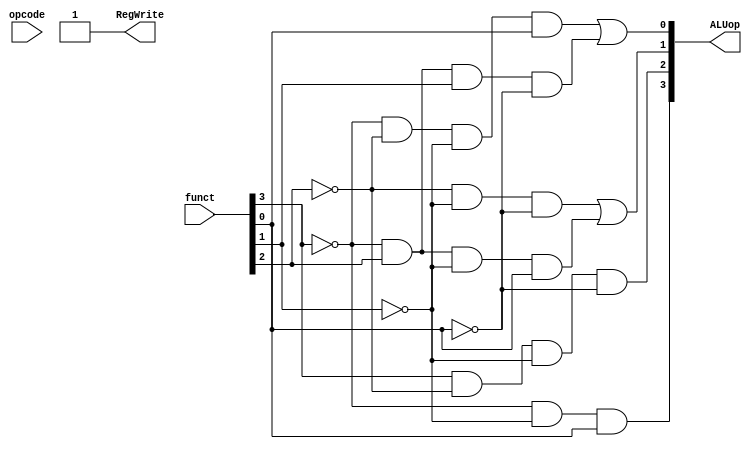
module main_control (
	input [3:0] funct,
	input [6:0] opcode,
	output [3:0] ALUop,
	output RegWrite
);

assign ALUop[0] = (~funct[3] & ~funct[2] & ~funct[1] & funct[0]) | (~funct[3] & funct[2] & funct[1] & ~funct[0]);
assign ALUop[1] = (~funct[2] & ~funct[1] & ~funct[0]) | (~funct[3] & funct[2] & ~funct[1] & funct[0]);
assign ALUop[2] = (funct[3] & ~funct[2] & ~funct[1] & ~funct[0]);
assign ALUop[3] = (~funct[3] & ~funct[1] & funct[0]);

assign RegWrite = 1;

endmodule